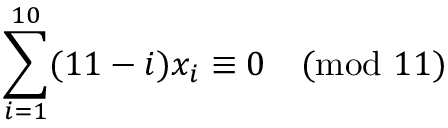
\sum _ { i = 1 } ^ { 1 0 } ( 1 1 - i ) x _ { i } \equiv 0 { \pmod { 1 1 } }